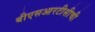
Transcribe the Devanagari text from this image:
बीएसआरटीसीची